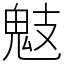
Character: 鬾